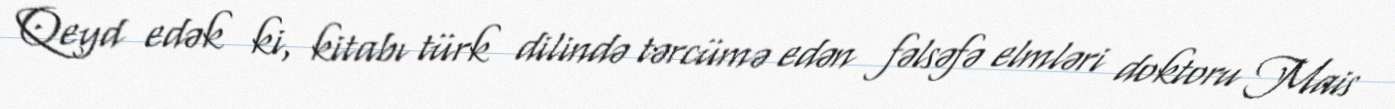
Qeyd edək ki, kitabı türk dilində tərcümə edən fəlsəfə elmləri doktoru Mais